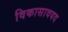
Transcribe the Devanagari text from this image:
विकासावयद